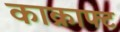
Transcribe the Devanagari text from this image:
काक्राफ्ट